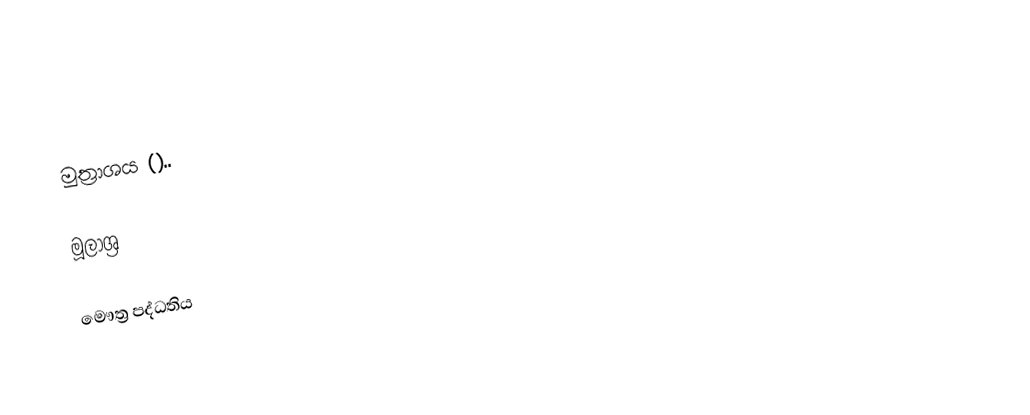
මුත්‍රාශය ()..

මූලාශ්‍ර

මෞත්‍ර පද්ධතිය